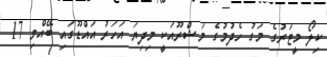
ކިލޯ މީޓަރުގެ މަގު ހެދުމުގެ މަޝްރޫއަކީ މިދިޔަ އަހަރު އައްޑޫގައި ބޭއްވި 17